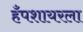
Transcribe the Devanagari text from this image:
हँपशायरला